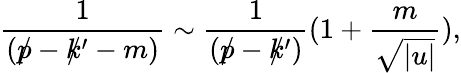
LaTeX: \frac{1}{(p\llap/-k\llap/^{\prime}-m)}\sim\frac{1}{(p\llap/-k\llap/^{\prime})}(1+\frac{m}{\sqrt{|u|}}),